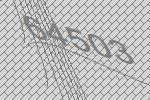
64503